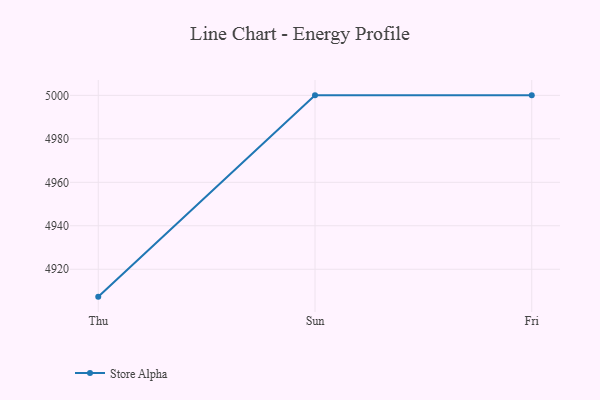
{"axis": {"x": "Day", "y": "Shipments"}, "legend": ["Store Alpha"], "data": [{"x": "Thu", "y": 4907.4, "type": "Store Alpha"}, {"x": "Sun", "y": 5000, "type": "Store Alpha"}, {"x": "Fri", "y": 5000, "type": "Store Alpha"}]}